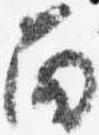
面